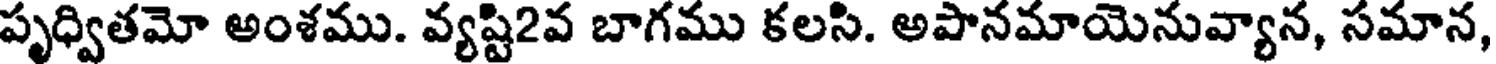
పృధ్వితమో అంశము. వ్యష్టి2వ బాగము కలసి. అపానమాయెనువ్యాన, సమాన,